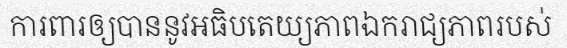
ការពារឲ្យបាននូវអធិបតេយ្យភាពឯករាជ្យភាពរបស់